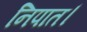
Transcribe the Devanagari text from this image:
निपात।